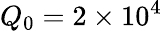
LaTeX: Q_{0}=2\times 10^{4}